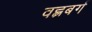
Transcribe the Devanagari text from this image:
वह्लबर्ग